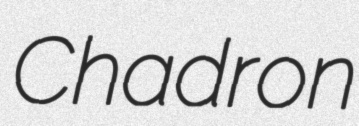
Chadron